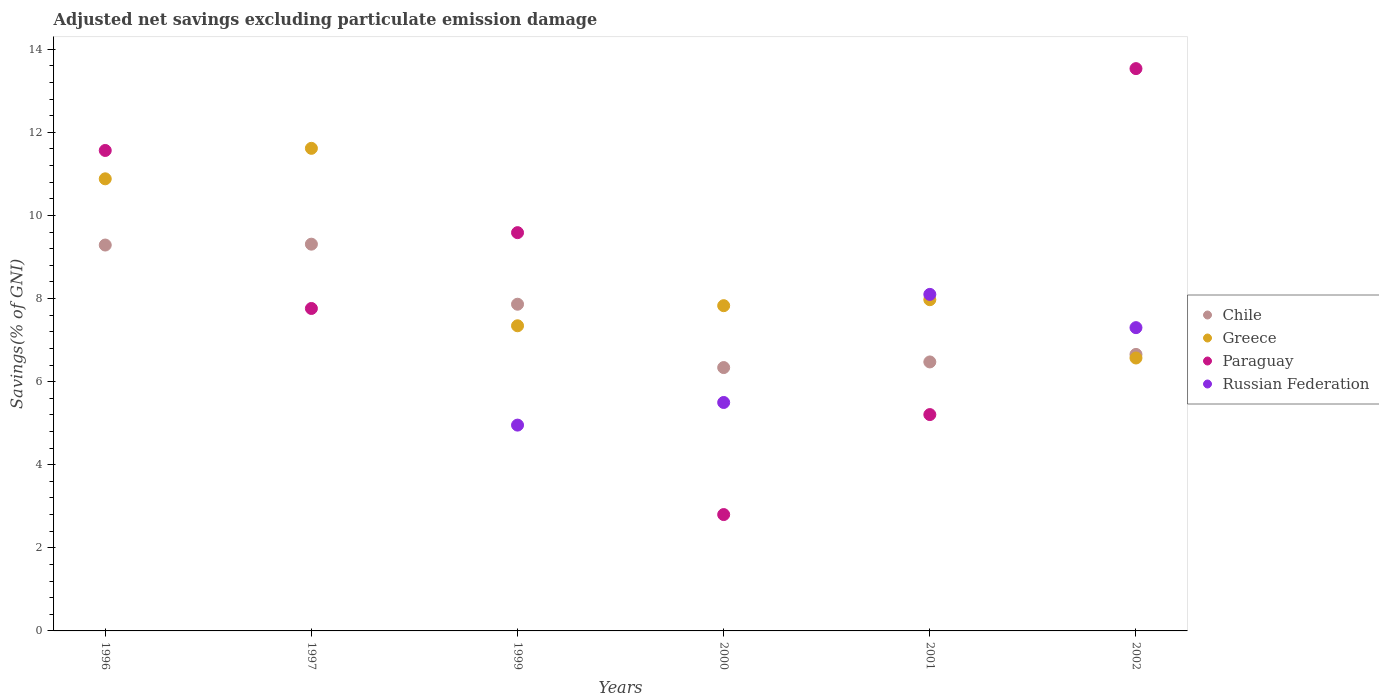
| Years | Chile | Greece | Paraguay | Russian Federation |
 | --- | --- | --- | --- | --- |
 | 1996 | 9.29 | 10.9 | 11.6 | -0.402 |
 | 1997 | 9.31 | 11.6 | 7.76 | -1.89 |
 | 1999 | 7.86 | 7.34 | 9.59 | 4.95 |
 | 2000 | 6.34 | 7.83 | 2.8 | 5.5 |
 | 2001 | 6.47 | 7.97 | 5.21 | 8.1 |
 | 2002 | 6.66 | 6.57 | 13.5 | 7.3 |